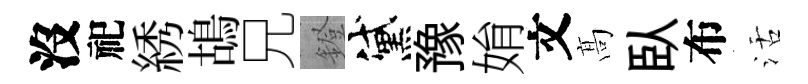
沒祀綉鴣兄鐙黛豫姢文髙臥布活